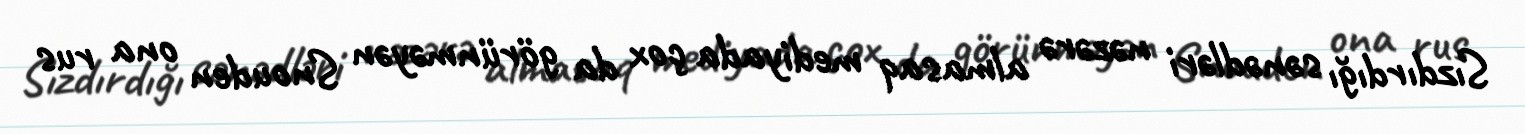
Sızdırdığı sənədləri nəzərə almasaq mediyada çox da görünməyən Snouden ona rus